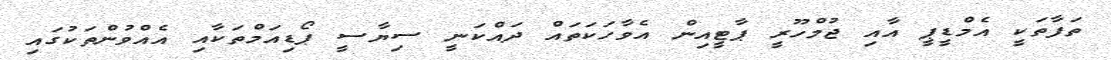
ތަފާތަކީ އެމްޑީޕީ އާއި ޖުމްހޫރީ ޕާޓީއިން އެވާހަކަތައް ދައްކަނީ ސިޔާސީ ޕޯޑިއަމްތަކާއި އެއްވުންތަކުގައި